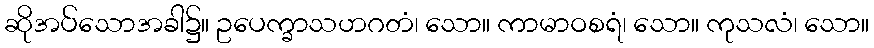
ဆိုအပ်သောအခါ၌။ ဥပေက္ခာသဟဂတံ၊ သော။ ကာမာဝစရံ၊ သော။ ကုသလံ၊ သော။